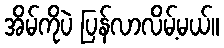
အိမ်ကိုပဲ ပြန်လာလိမ့်မယ်။